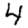
Digit: 4